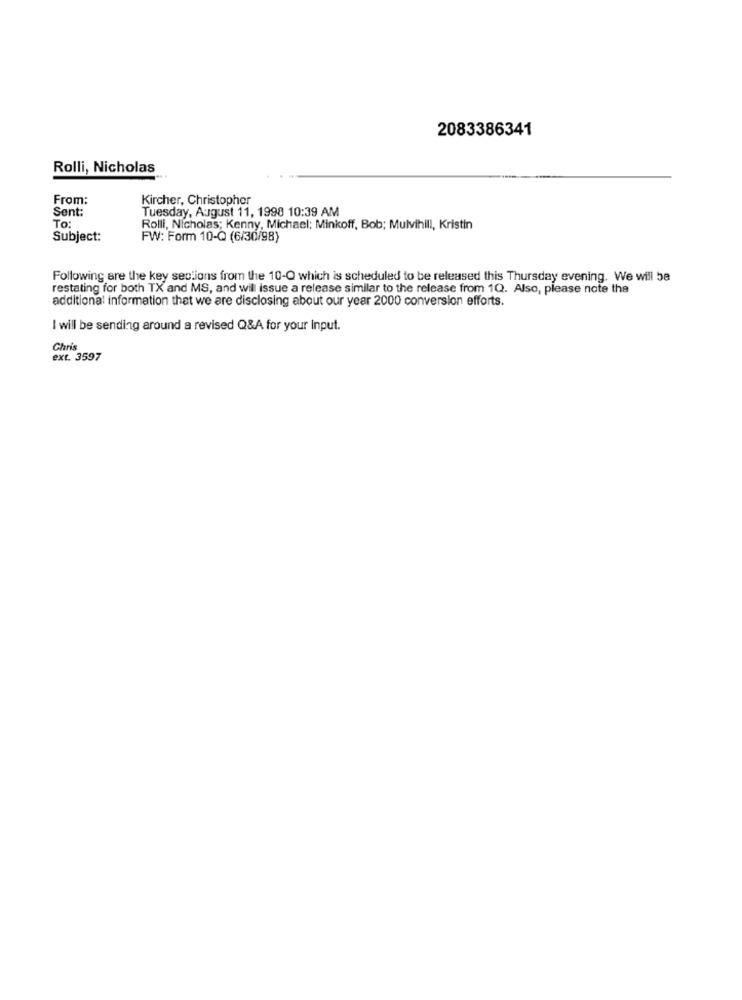
2083386341
Rolli, Nicholas
From:
Kircher, Christopher
Sent:
Tuesday, August 11, 1998 10:39 AM
To:
Rolli, Nicholas; Kenny, Michael; Minkoff, Bob; Mulvihill, Kristin
Subject:
FW: Form 10-Q (6/30/98)
Following are the key sections from the 10-Q which is scheduled to be released this Thursday evening. We will be
restating for both TX and MS, and will issue a release similar to the release from 1Q. Also, please note the
additional information that we are disclosing about our year 2000 conversion efforts.
I will be sending around a revised Q&A for your Input.
Chris
ext. 3597